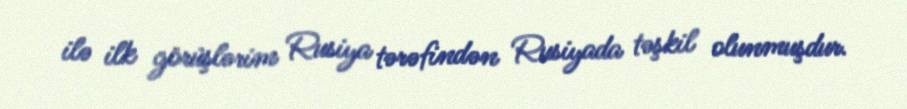
ilə ilk görüşlərim Rusiya tərəfindən Rusiyada təşkil olunmuşdur.